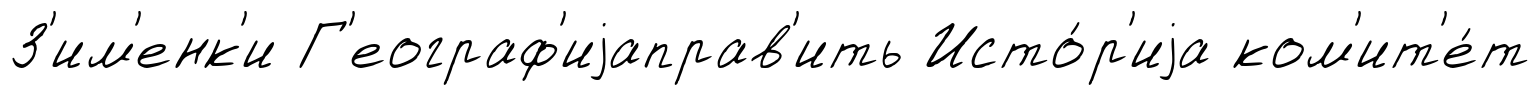
З'им'енк'и Г'еограф'иjаправ'ить Исто́р'иjа ком'ит'е́т